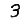
Digit: 3